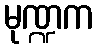
မုဏ္ဍက